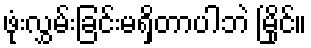
ဖုံးလွှမ်းခြင်းမရှိတာပါဘဲ မြိုင်။